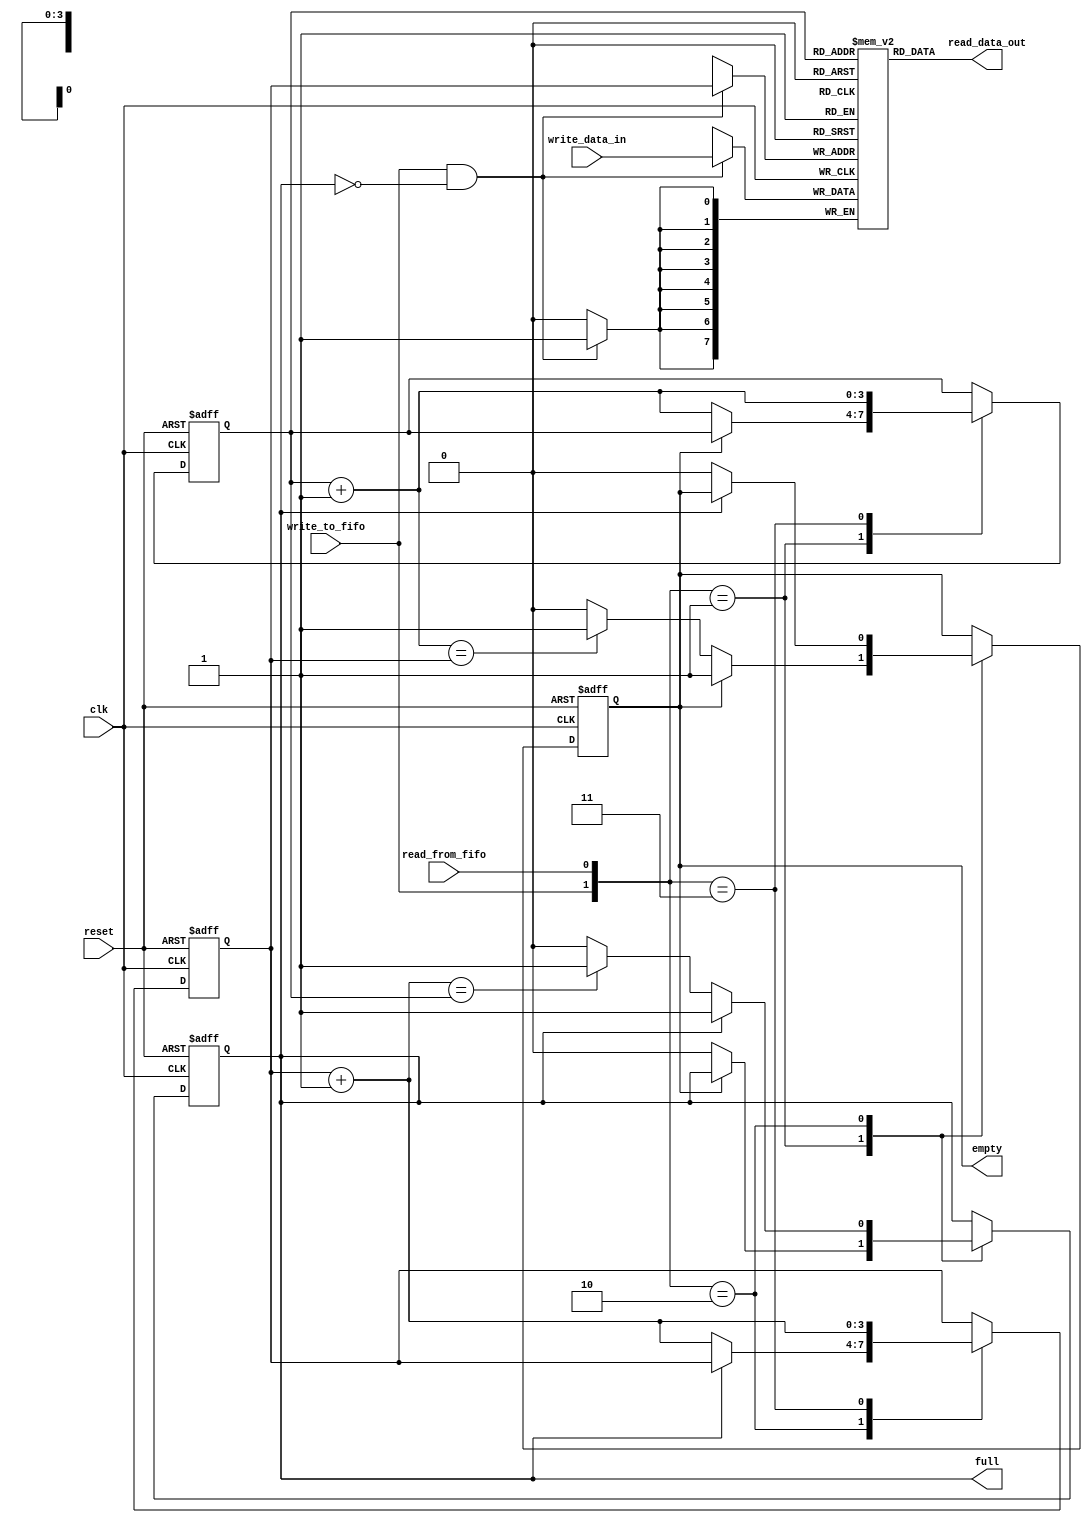
// This program was cloned from: https://github.com/FPGADude/Digital-Design
// License: GNU General Public License v3.0

`timescale 1ns /1ps
//////////////////////////////////////////////////////////////////////////////////////////
// Reference book:
// "FPGA Prototyping by Verilog Examples"
// "Xilinx Spartan-3 Version"
// Dr. Pong P. Chu
// Wiley
//
// Adapted for Artix-7
// David J. Marion
//
// Comments:
// - Many of the variable names have been changed for clarity
//////////////////////////////////////////////////////////////////////////////////////////

module fifo 	// Parameterized FIFO Unit
	#(
	parameter	DATA_SIZE 	   = 8,	// number of bits in a data word
				ADDR_SPACE_EXP = 4	// number of address bits (2^4 = 16 addresses)
	)
	(
	input clk,
	input reset,
	input write_to_fifo,
	input read_from_fifo,
	input [DATA_SIZE-1:0] write_data_in,
	output [DATA_SIZE-1:0] read_data_out,
	output empty,
	output full	
);

	// signal declaration
	reg [DATA_SIZE-1:0] memory [2**ADDR_SPACE_EXP-1:0];		// memory array register
	reg [ADDR_SPACE_EXP-1:0] current_write_addr, current_write_addr_buff, next_write_addr;
	reg [ADDR_SPACE_EXP-1:0] current_read_addr, current_read_addr_buff, next_read_addr;
	reg fifo_full, fifo_empty, full_buff, empty_buff;
	wire write_enabled;
	
	// body
	// register file (memory) write operation
	always @(posedge clk)
		if(write_enabled)
			memory[current_write_addr] <= write_data_in;
			
	// register file (memory)  read operation
	assign read_data_out = memory[current_read_addr];
	
	// only allow write operation when FIFO is NOT full
	assign write_enabled = write_to_fifo & ~fifo_full;
	
	// FIFO control logic
	// register logic
	always @(posedge clk or posedge reset)
		if(reset) begin
			current_write_addr 	<= 0;
			current_read_addr 	<= 0;
			fifo_full 			<= 1'b0;
			fifo_empty 			<= 1'b1;       // FIFO is empty after reset
		end
		else begin
			current_write_addr  <= current_write_addr_buff;
			current_read_addr   <= current_read_addr_buff;
			fifo_full  			<= full_buff;
			fifo_empty 			<= empty_buff;
		end

	// next state logic for read and write address pointers
	always @* begin
		// successive pointer values
		next_write_addr = current_write_addr + 1;
		next_read_addr  = current_read_addr + 1;
		
		// default: keep old values
		current_write_addr_buff = current_write_addr;
		current_read_addr_buff  = current_read_addr;
		full_buff  = fifo_full;
		empty_buff = fifo_empty;
		
		// Button press logic
		case({write_to_fifo, read_from_fifo})     // check both buttons
			// 2'b00: neither buttons pressed, do nothing
			
			2'b01:	// read button pressed?
				if(~fifo_empty) begin   // FIFO not empty
					current_read_addr_buff = next_read_addr;
					full_buff = 1'b0;   // after read, FIFO not full anymore
					if(next_read_addr == current_write_addr)
						empty_buff = 1'b1;
				end
			
			2'b10:	// write button pressed?
				if(~fifo_full) begin	// FIFO not full
					current_write_addr_buff = next_write_addr;
					empty_buff = 1'b0;  // after write, FIFO not empty anymore
					if(next_write_addr == current_read_addr)
						full_buff = 1'b1;
				end
				
			2'b11:	begin	// write and read
				current_write_addr_buff = next_write_addr;
				current_read_addr_buff  = next_read_addr;
				end
		endcase			
	end

	// output
	assign full = fifo_full;
	assign empty = fifo_empty;

endmodule